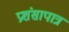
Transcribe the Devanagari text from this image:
प्रशंसापात्र